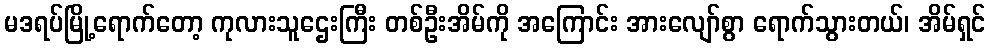
မဒရပ်မြို့ရောက်တော့ ကုလားသူဌေးကြီး တစ်ဦးအိမ်ကို အကြောင်း အားလျော်စွာ ရောက်သွားတယ်၊ အိမ်ရှင်